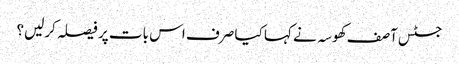
جسٹس آصف کھوسہ نے کہا کیا صرف اس بات پر فیصلہ کرلیں؟